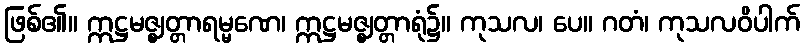
ဖြစ်၏။ ဣဋ္ဌမဇ္ဈတ္တာရမ္မဏေ၊ ဣဋ္ဌမဇ္ဈတ္တာရုံ၌။ ကုသလ၊ ပေ။ ဂတံ၊ ကုသလဝိပါက်